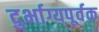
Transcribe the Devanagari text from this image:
दुर्भाग्यपूर्वक